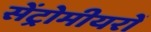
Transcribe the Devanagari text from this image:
सेंट्रोमीयरों